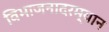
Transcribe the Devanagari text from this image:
विभाजनादरम्यान